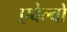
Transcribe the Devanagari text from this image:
एबेल्वो